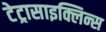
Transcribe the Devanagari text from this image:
टेट्रासाइक्लिन्स